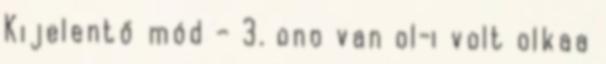
Kijelentő mód – 3. ono van ol-i volt olkaa